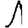
Digit: 1